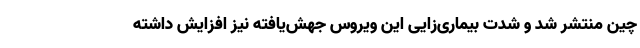
چین منتشر شد و شدت بیماری‌زایی این ویروس جهش‌یافته نیز افزایش داشته